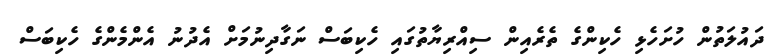
ދައުލަތުން ހުށަހެޅި ހެކިންގެ ތެރެއިން ސިއްރިޔާތުގައި ހެކިބަސް ނަގާދިނުމަށް އެދުނު އެންމެންގެ ހެކިބަސް